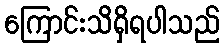
ကြောင်းသိရှိရပါသည်